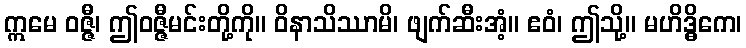
ဣမေ ဝဇ္ဇီ၊ ဤဝဇ္ဇီမင်းတို့ကို။ ဝိနာသိဿာမိ၊ ဖျက်ဆီးအံ့။ ဧဝံ၊ ဤသို့။ မဟိဒ္ဓိကေ၊